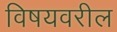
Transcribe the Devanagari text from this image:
विषयवरील